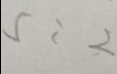
5 : 2